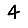
Digit: 4